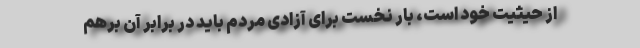
از حیثیت خود است، بار نخست برای آزادی مردم باید در برابر آن برهم‌